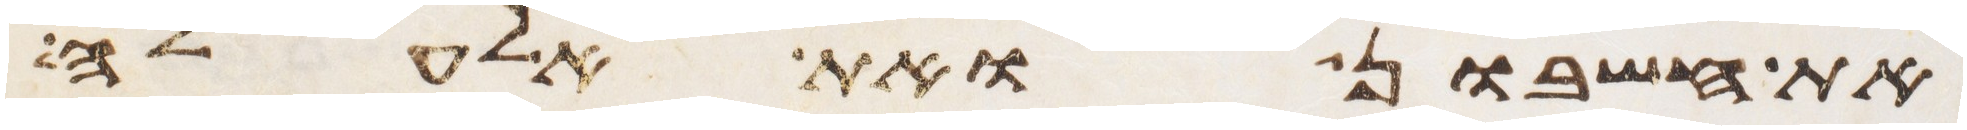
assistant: את חשבון ואת אלעלה